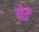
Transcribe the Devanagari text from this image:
शेडें